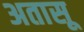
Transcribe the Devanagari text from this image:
अतासू